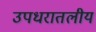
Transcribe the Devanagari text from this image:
उपधरातलीय